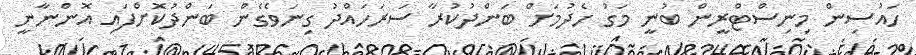
ހައުސިން މިނިސްޓްރީން ބުނީ މަގު ހެދުމަށް ބަންދުކުރާ ސަރަހައްދު ގިނަވެގެން ބަންދުކޮށްފައި އޮންނާނީ